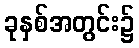
ခုနှစ်အတွင်း၌